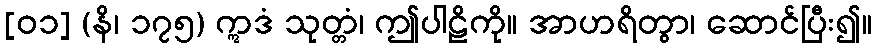
[၀၁] (နိ၊ ၁၇၅) ဣဒံ သုတ္တံ၊ ဤပါဠိကို။ အာဟရိတွာ၊ ဆောင်ပြီး၍။